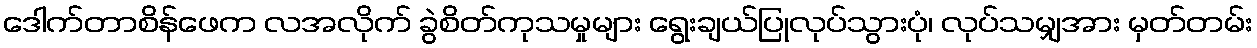
ဒေါက်တာစိန်ဖေက လအလိုက် ခွဲစိတ်ကုသမှုများ ရွေးချယ်ပြုလုပ်သွားပုံ၊ လုပ်သမျှအား မှတ်တမ်း